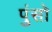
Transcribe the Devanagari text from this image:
पुंसो